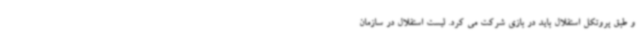
و طبق پروتکل استقلال باید در بازی شرکت می کرد. لیست استقلال در سازمان